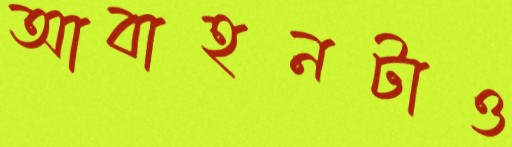
আবাহনটাও